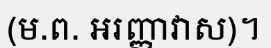
(ម.ព. អរញ្ញាវាស)។